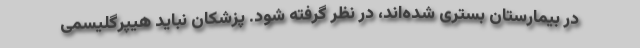
در بیمارستان بستری شده‌اند، در نظر گرفته شود. پزشکان نباید هیپرگلیسمی